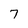
Character: 7